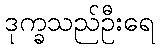
ဒုက္ခသည်ဦးရေ